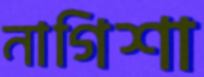
নাগিশা